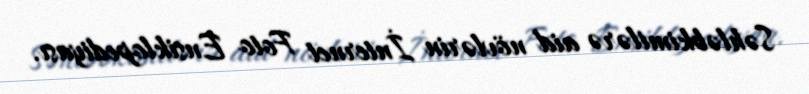
Səhləbkimilərə aid növlərin İnternet Foto Ensiklopediyası.